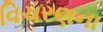
વિચરણના